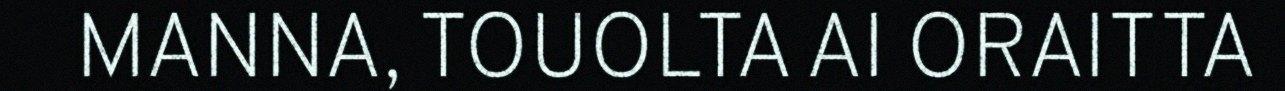
MANNA, TOUOLTA AI ORAITTA